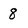
Character: 8